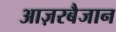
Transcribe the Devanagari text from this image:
आज़रबैजान